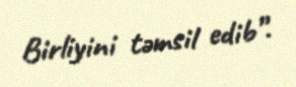
Birliyini təmsil edib”.